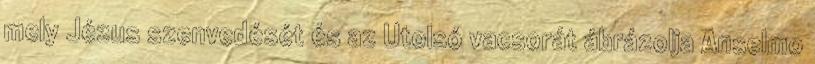
mely Jézus szenvedését és az Utolsó vacsorát ábrázolja Anselmo